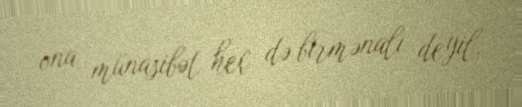
ona münasibət heç də birmənalı deyil.